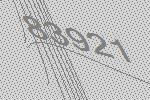
83921